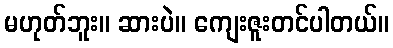
မဟုတ်ဘူး။ ဆားပဲ။ ကျေးဇူးတင်ပါတယ်။